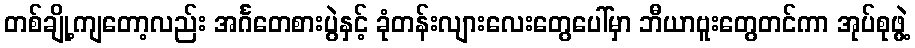
တစ်ချို့ကျတော့လည်း အင်္ဂတေစားပွဲနှင့် ခုံတန်းလျားလေးတွေပေါ်မှာ ဘီယာဗူးတွေတင်ကာ အုပ်စုဖွဲ့